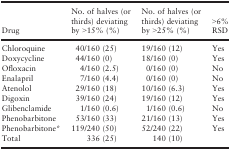
| Drug | No. of halves (or thirds) deviating by >15% (%) | No. of halves (or thirds) deviating by >25% (%) | >6% RSD |
 | --- | --- | --- | --- |
 | Chloroquine | 40/160 (25) | 19/160 (12) | Yes |
 | Doxycycline | 44/160 (0) | 18/160 (0) | Yes |
 | Ofloxacin | 4/160 (2.5) | 0/160 (0) | No |
 | Enalapril | 7/160 (4.4) | 0/160 (0) | No |
 | Atenolol | 29/160 (18) | 10/160 (6.3) | Yes |
 | Digoxin | 39/160 (24) | 19/160 (12) | Yes |
 | Glibenclamide | 1/160 (0.6) | 1/160 (0.6) | No |
 | Phenobarbitone | 53/160 (33) | 21/160 (13) | Yes |
 | Phenobarbitone* | 119/240 (50) | 52/240 (22) | Yes |
 | Total | 336 (25) | 140 (10) |  |